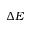
\Delta E